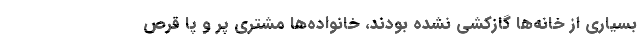
بسیاری از خانه‌ها گازکشی نشده بودند، خانواده‌ها مشتری پر و پا قرص